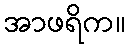
အာဖရိက။